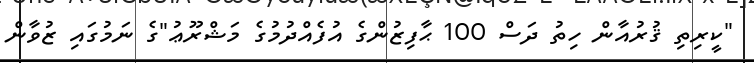
"ކީރިތި ޤުރުއާން ހިތު ދަސް 100 ޙާފިޒުންގެ އުފެއްދުމުގެ މަޝްރޫޢު"ގެ ނަމުގައި ޒުވާން